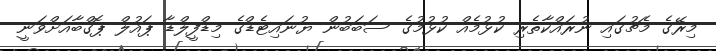
މިރޭގެ މެޗުގައި ނުރައްކާތެރި ކުޅުމެއް ކުޅުމުގެ ސަބަބުން ޔުނައިޓެޑްގެ މިޑްފީލްޑާ ޕައުލް ޕޮގްބާއަށްވަނީ